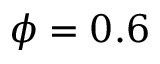
\phi = 0 . 6